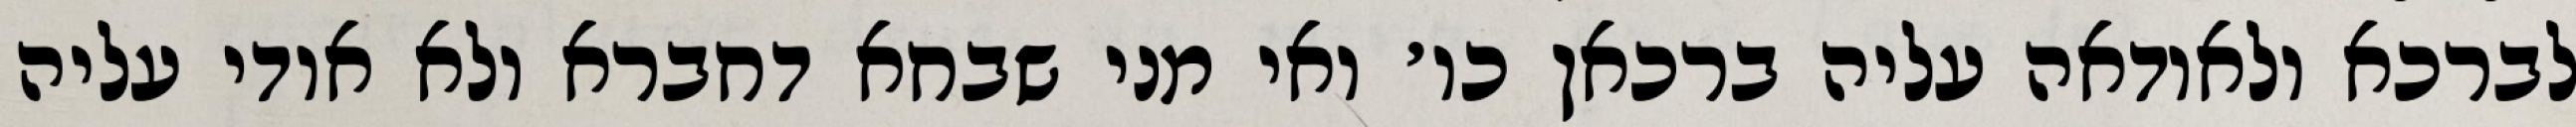
לברכא ולאודאה עליה ברכאן כו׳ ואי מני שבחא דחברא ולא אודי עליה